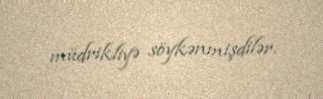
müdrikliyə söykənmişdilər.